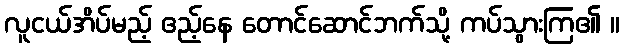
လူငယ်အိပ်မည့် ဧည့်နေ တောင်ဆောင်ဘက်သို့ ကပ်သွားကြ၏ ။